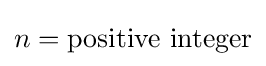
n={\textrm {positive}}\,\,{\textrm {integer}}